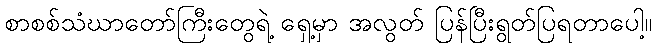
စာစစ်သံဃာတော်ကြီးတွေရဲ့ ရှေ့မှာ အလွတ် ပြန်ပြီးရွတ်ပြရတာပေါ့။